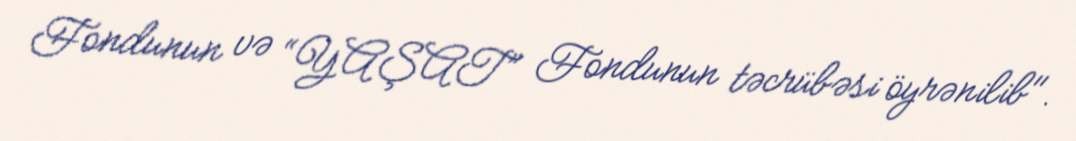
Fondunun və “YAŞAT” Fondunun təcrübəsi öyrənilib".